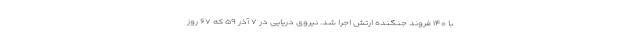
با ۱۴۰ فروند جنگنده ارتش اجرا شد. نیروی دریایی در ۷ آذر ۵۹ که ۶۷ روز